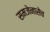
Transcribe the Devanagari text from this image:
समजेनासेच